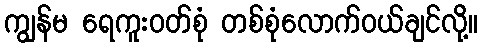
ကျွန်မ ရေကူးဝတ်စုံ တစ်စုံလောက်ဝယ်ချင်လို့။